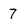
Character: 7